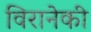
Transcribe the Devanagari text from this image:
विरानेकी